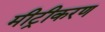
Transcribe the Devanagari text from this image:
मीट्रीकरण